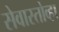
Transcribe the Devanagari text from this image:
सेवास्तोव्हा